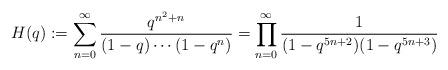
LaTeX: \begin{align*}H(q):=\sum_{n=0}^\infty\frac{q^{n^2+n}}{(1-q)\cdots(1-q^n)}=\prod_{n=0}^\infty\frac{1}{(1-q^{5n+2})(1-q^{5n+3})}\end{align*}